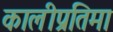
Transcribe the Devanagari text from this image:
कालीप्रतिमा